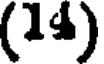
(14)